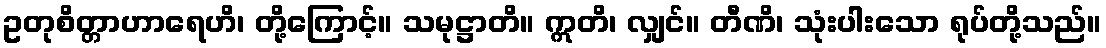
ဥတုစိတ္တာဟာရေဟိ၊ တို့ကြောင့်။ သမုဋ္ဌာတိ။ ဣတိ၊ လျှင်။ တီဏိ၊ သုံးပါးသော ရုပ်တို့သည်။